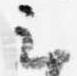
云